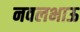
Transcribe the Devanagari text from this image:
नवलभाऊ